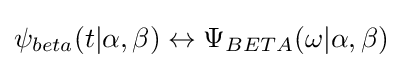
\psi _{beta}(t|\alpha ,\beta )\leftrightarrow \Psi _{BETA}(\omega |\alpha ,\beta )